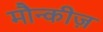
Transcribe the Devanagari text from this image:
मौन्कीज़